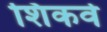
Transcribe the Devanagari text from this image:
शिकवे